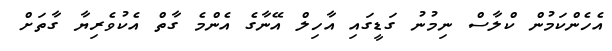
އެހެންކަމުން ކްލާސް ނިމުނު ގަޑީގައި އާހިލް އޭނާގެ އެންމެ ގާތް އެކުވެރިޔާ ގާތަށް